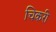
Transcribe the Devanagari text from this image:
चिकरी